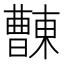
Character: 𣍖